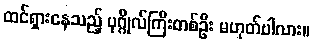
ထင်ရှားနေသည့် ပုဂ္ဂိုလ်ကြီးတစ်ဦး မဟုတ်ပါလား။